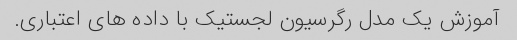
آموزش یک مدل رگرسیون لجستیک با داده های اعتباری.